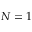
\! \! N = 1 \! \!